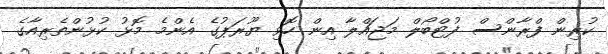
ކުރިން ފްރާންސް ފުޓްބޯލް މަޖައްލާ އިން ހޮވި ޔޫރަޕުގެ އެންމެ މޮޅު ކުޅުންތެރިއާގެ